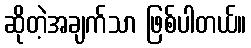
ဆိုတဲ့အချက်သာ ဖြစ်ပါတယ်။